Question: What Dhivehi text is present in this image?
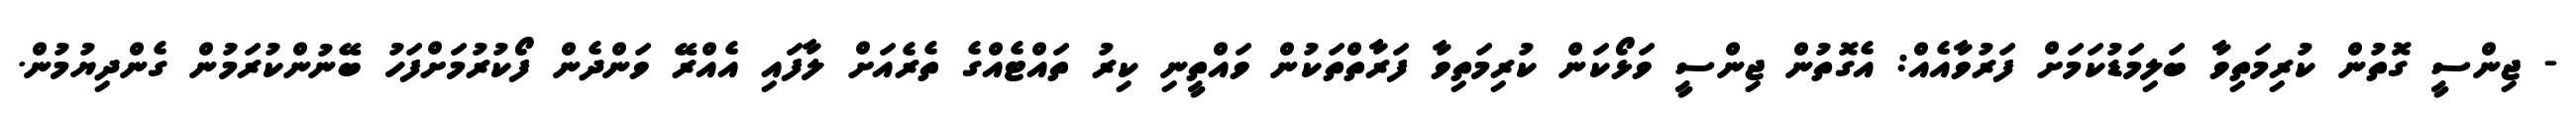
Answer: - ޖިންސީ ގޮތުން ކުރިމަތިވާ ބަލިމަޑުކަމަށް ފަރުވާއެއް: އެގޮތުން ޖިންސީ ވަޅޯކަން ކުރިމަތިވާ ފަރާތްތަކުން ވައްތީނި ކިރު ތައްޓެއްގެ ތެރެއަށް ލާފައި އެއްރޭ ވަންދެން ފޯކުރުމަށްފަހު ބޭނުންކުރަމުން ގެންދިޔުމުން.